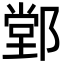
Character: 䣘